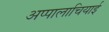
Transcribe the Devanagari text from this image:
अप्पालाचियाई